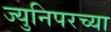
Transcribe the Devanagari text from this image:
ज्युनिपरच्या